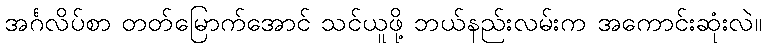
အင်္ဂလိပ်စာ တတ်မြောက်အောင် သင်ယူဖို့ ဘယ်နည်းလမ်းက အကောင်းဆုံးလဲ။